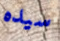
سيده